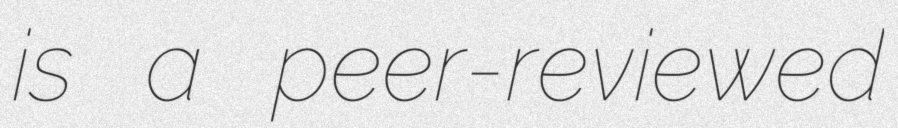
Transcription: is a peer-reviewed